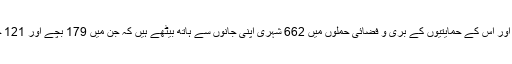
محکمہ شہری دفاع نے اعلان کیا ہے کہ سال ِ نو سے ابتک اسد انتظامیہ اور اس کے حمایتیوں کے بری و فضائی حملوں میں 662 شہری اپنی جانوں سے ہاتھ بیٹھے ہیں کہ جن میں 179 بچے اور 121 خواتین شامل ہیں، ان حملوں میں 4 ہزار 201 افراد زخمی بھی ہوئے ہیں۔